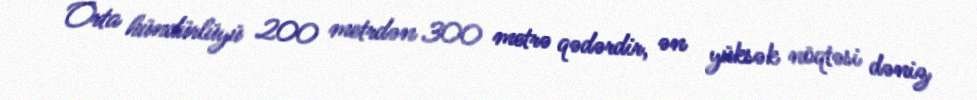
Orta hündürlüyü 200 metrdən 300 metrə qədərdir, ən yüksək nöqtəsi dəniz